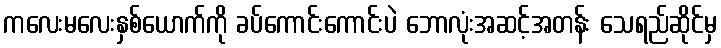
ကလေးမလေးနှစ်ယောက်ကို ခပ်ကောင်းကောင်းပဲ ဘောလုံးအဆင့်အတန်း သေရည်ဆိုင်မှ